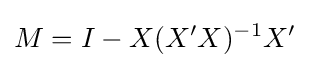
M=I-X(X'X)^{-1}X'